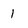
Character: 1